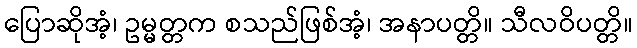
ပြောဆိုအံ့၊ ဥမ္မတ္တက စသည်ဖြစ်အံ့၊ အနာပတ္တိ။ သီလဝိပတ္တိ။